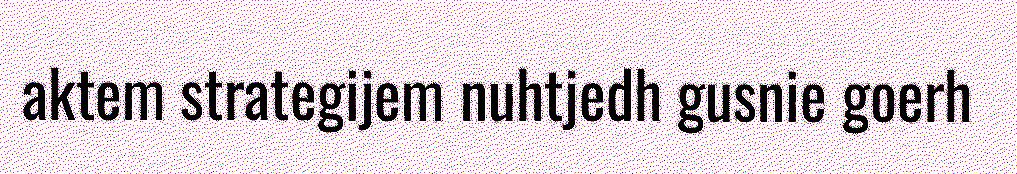
aktem strategijem nuhtjedh gusnie goerh